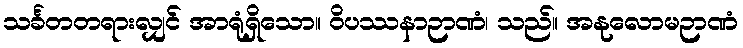
သင်္ခတတရားလျှင် အာရုံရှိသော။ ဝိပဿနာဉာဏံ၊ သည်။ အနုလောမဉာဏံ